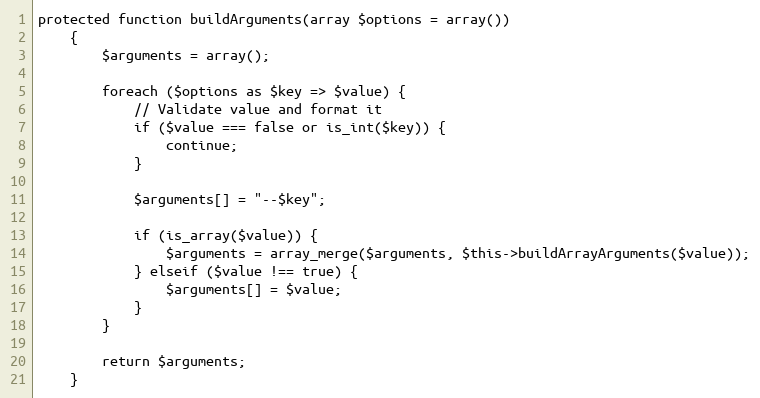
Language: PHP
protected function buildArguments(array $options = array())
    {
        $arguments = array();

        foreach ($options as $key => $value) {
            // Validate value and format it
            if ($value === false or is_int($key)) {
                continue;
            }

            $arguments[] = "--$key";

            if (is_array($value)) {
                $arguments = array_merge($arguments, $this->buildArrayArguments($value));
            } elseif ($value !== true) {
                $arguments[] = $value;
            }
        }

        return $arguments;
    }